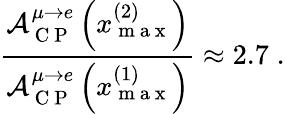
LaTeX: \frac{\mathcal{A}_{\mathrm{~C~P~}}^{\mu\rightarrow e}\left(x_{\mathrm{~m~a~x~}}^{(2)}\right)}{\mathcal{A}_{\mathrm{~C~P~}}^{\mu\rightarrow e}\left(x_{\mathrm{~m~a~x~}}^{(1)}\right)}\approx 2.7\; .